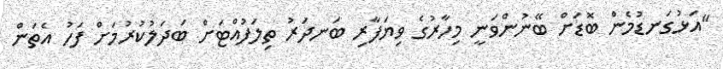
"އަޅުގަނޑުމެން ބޮޑަށް ބޭނުންވަނީ މިހާރުގެ ވިޔަފާރި ބަނދަރު ތިލަފުއްޓަށް ބަދަލުކުރުމަށް ފަހު އެތަން